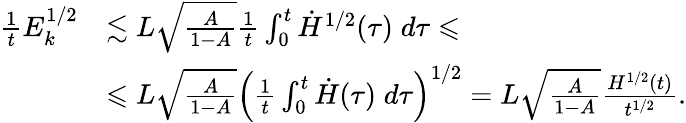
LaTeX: \begin{array}{rl}{\frac{1}{t}E_{k}^{1/2}}&{\lesssim L\sqrt{\frac{A}{1-A}}\frac{1}{t}\int_{0}^{t}\dot{H}^{1/2}(\tau)\; d\tau\leqslant}\\ &{\leqslant L\sqrt{\frac{A}{1-A}}\left(\frac{1}{t}\int_{0}^{t}\dot{H}(\tau)\; d\tau\right)^{1/2}=L\sqrt{\frac{A}{1-A}}\frac{H^{1/2}(t)}{t^{1/2}}.}\end{array}